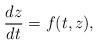
LaTeX: \begin{align*}\frac{dz}{dt} = f(t, z),\end{align*}